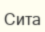
Сита